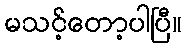
မသင့်တော့ပါပြီ။